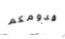
قدومكم